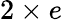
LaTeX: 2\times e